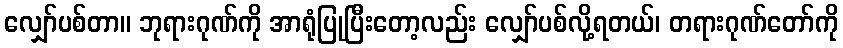
လျှော်ပစ်တာ။ ဘုရားဂုဏ်ကို အာရုံပြုပြီးတော့လည်း လျှော်ပစ်လို့ရတယ်၊ တရားဂုဏ်တော်ကို